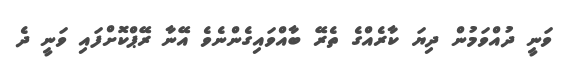
ވަނީ ދުއްވަމުން ދިޔަ ކާރެއްގެ ތެރޭ ބާއްވައިގެންނެވެ އޭނާ ރޭޕްކޮށްފައި ވަނީ ދެ